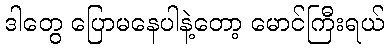
ဒါတွေ ပြောမနေပါနဲ့တော့ မောင်ကြီးရယ်